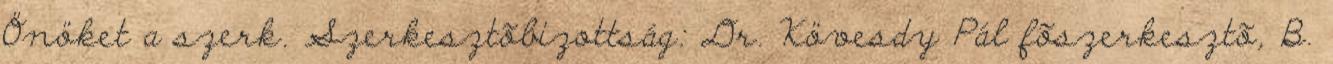
Önöket a szerk. Szerkesztõbizottság: Dr. Kövesdy Pál fõszerkesztõ, B.